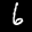
Label: 6